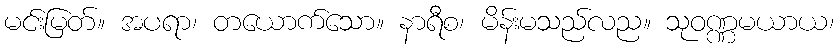
မင်းမြတ်။ အပရာ၊ တယောက်သော။ နာရီစ၊ မိန်းမသည်လည။ သုဝဏ္ဏမယာယ၊